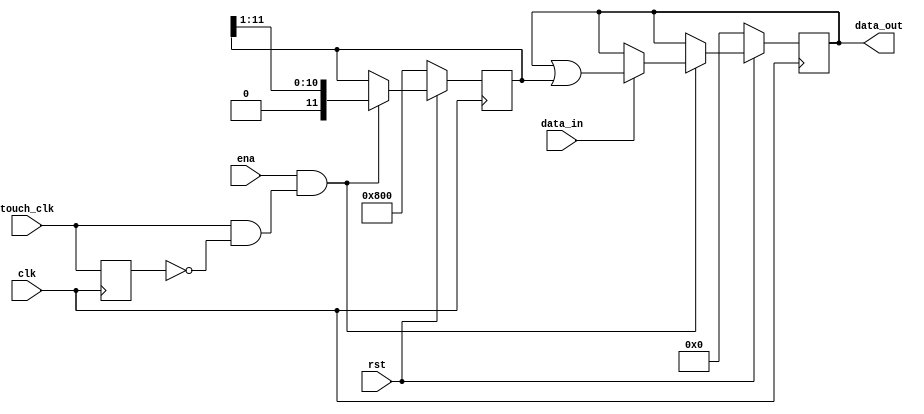
`timescale 1ns / 1ps
`default_nettype none
//////////////////////////////////////////////////////////////////////////////////
// 
// Module Name:    shift_in 
//
//////////////////////////////////////////////////////////////////////////////////
/** Shifts data in from most significant to least significant bits 
  * @pre positive edge triggered
  * @post Once 12 clk cycles have passed, the data is locked in the output
  * 	until the rst goes low. 
  */
module shift_in(clk, touch_clk, data_in, ena, rst, data_out);
	input wire clk, touch_clk, data_in, ena, rst;
	output reg [11:0] data_out;
	reg [11:0] mask;

	reg previous_touch_clk;
	wire clk_edge;
	assign clk_edge = touch_clk & ~previous_touch_clk;	

	always @(posedge clk) begin
		if(~rst) begin
			data_out <= 12'b0;
			mask <= 12'b1000_0000_0000;
		end
		else if(ena & clk_edge) begin
			if(data_in) begin
				data_out <= data_out | mask;
			end
			mask <= (mask >> 1);
		end
		previous_touch_clk <= touch_clk;
	end
endmodule
`default_nettype wire